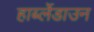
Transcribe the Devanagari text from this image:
हार्ब्लेडाउन